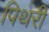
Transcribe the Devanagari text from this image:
पिथरी